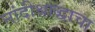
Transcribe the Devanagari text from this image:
नांदीश्राद्धाचा